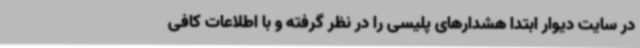
در سایت دیوار ابتدا هشدارهای پلیسی را در نظر گرفته و با اطلاعات کافی